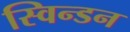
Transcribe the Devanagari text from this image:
स्विन्डन